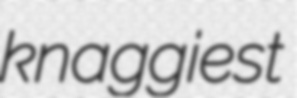
knaggiest